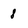
Character: 8